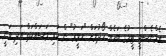
އެމްނެސްޓީ ޓީމުގެ ބަހެއް ހޯދުމަށް "ހަވީރު" ން ކުރި މަސައްކަތް އަދި ވަނީ